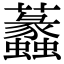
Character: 𧅮